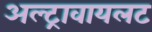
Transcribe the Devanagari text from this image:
अल्ट्रावायलट